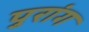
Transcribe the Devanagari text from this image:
पुरांग